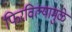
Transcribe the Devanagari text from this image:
फिरविल्यामुळे